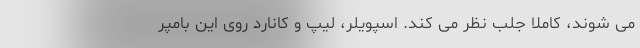
می شوند، کاملا جلب نظر می کند. اسپویلر، لیپ و کانارد روی این بامپر